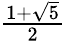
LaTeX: \textstyle{\frac{1+{\sqrt{5}}}{2}}